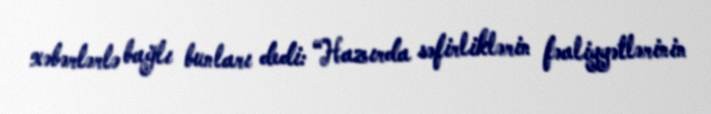
xəbərlərlə bağlı bunları dedi: “Hazırda səfirliklərin fəaliyyətlərinin